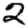
Digit: 2